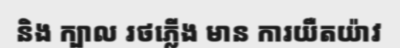
និង ក្បាល រថភ្លើង មាន ការយឺតយ៉ាវ